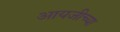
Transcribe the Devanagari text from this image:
आयजीच्या